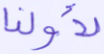
لأولنا